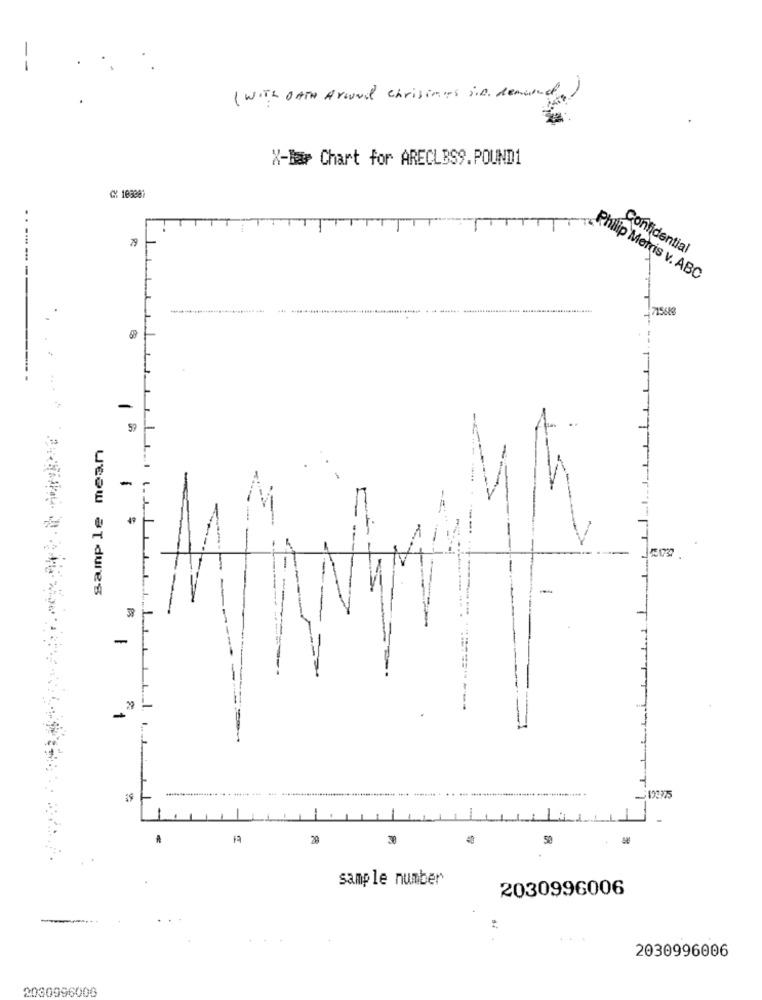
( WITH OATH Around chrisings s.b. demand.
X-Bar Chart for ARECLBS9.POUND1
79
Confidential
Philip Morris v. ABC
------
11-1 1
1568
-
59
sample mean
-
49
-
-
-193975
20
30
50
sample number
2030996006
2030996006
2030996006